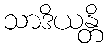
သာဒိယန္တိ